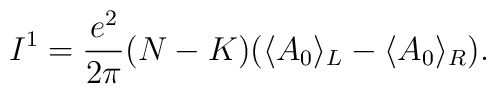
I^1={e^2\over 2\pi}(N-K)(\langle A_0\rangle_L-\langle A_0\rangle_R).